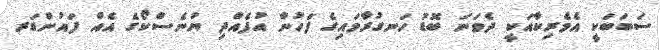
ސަބަބަކީ އެމެރިކާއަކީ ދެވަނަ ބޮޑު ހަނގުރާމައިގެ ފަހުން އުފެއްދި ޔުނެސްކޯގެ އެއް ފައުންޑަރ